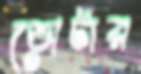
ভোটার